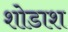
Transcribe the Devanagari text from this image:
शोडाश